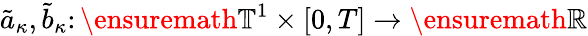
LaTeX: \tilde{a}_{\kappa},\tilde{b}_{\kappa}\colon\ensuremath{\mathbb{T}}^{1}\times[0,T]\to\ensuremath{\mathbb{R}}